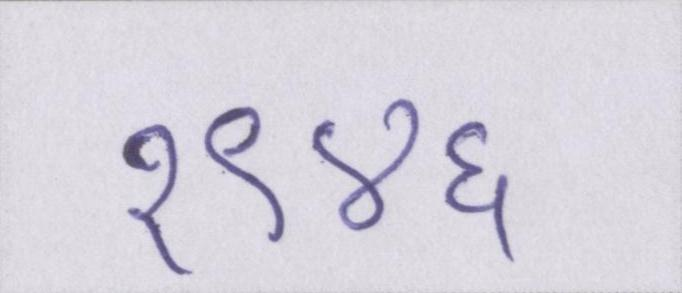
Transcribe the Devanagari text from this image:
१९४६